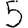
Digit: 5